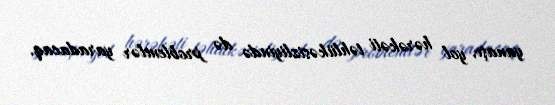
yanaşı, yol hərəkəti təhlükəsizliyində də problemlər yaradacaq.